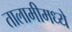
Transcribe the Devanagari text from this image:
तालामीमध्ये